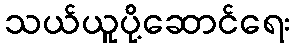
သယ်ယူပို့ဆောင်ရေး